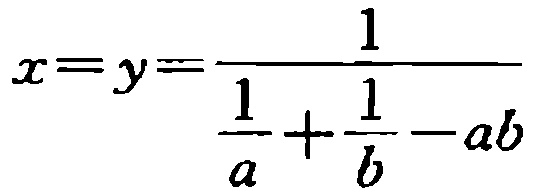
\(x=y=\frac{1}{\frac{1}{a}+\frac{1}{b}-ab}\)